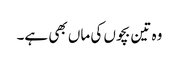
وہ تین بچوں کی ماں بھی ہے۔